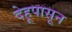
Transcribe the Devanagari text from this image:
देहूपासून